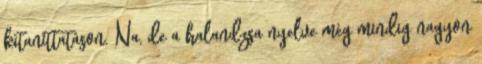
kitaníttatáson. Na, de a halandzsa nyelve még mindig nagyon